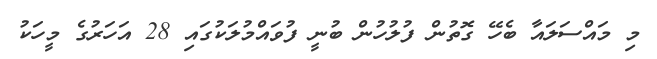
މި މައްސަލައާ ބެހޭ ގޮތުން ފުލުހުން ބުނީ ފުވައްމުލަކުގައި 28 އަހަރުގެ މީހަކު